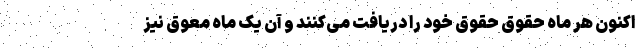
اکنون هر ماه حقوق حقوق خود را دریافت می‌کنند و آن یک ماه معوق نیز